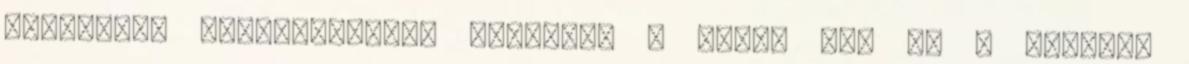
fenyegető emésztőszervi betegség a Crohn kór és a colitis